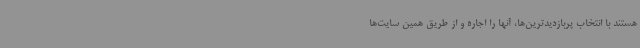
هستند با انتخاب پربازدیدترین‌ها، آنها را اجاره و از طریق همین سایت‌ها